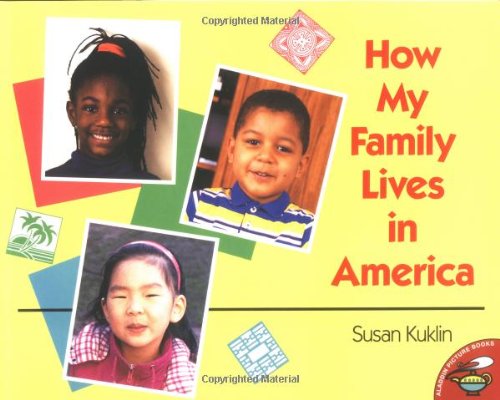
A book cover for How My Family Lives in America (Aladdin Picture Books); Susan Kuklin; Literature & Fiction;